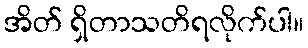
အိတ် ရှိတာသတိရလိုက်ပါ။